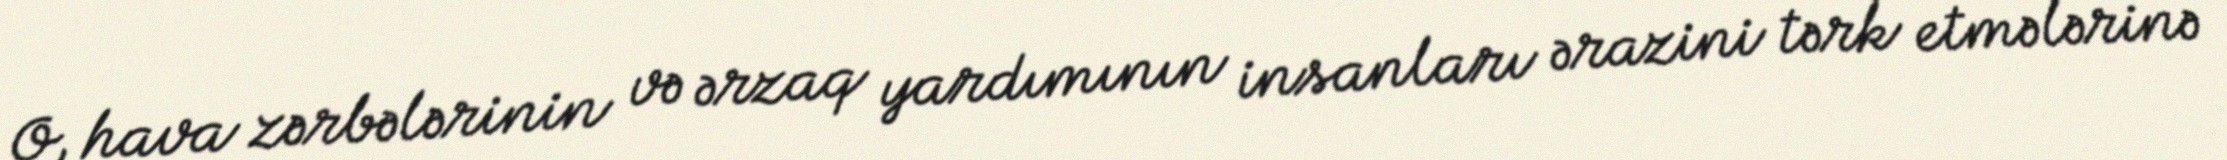
O, hava zərbələrinin və ərzaq yardımının insanları ərazini tərk etmələrinə